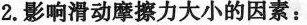
2.影响滑动摩擦力大小的因素：